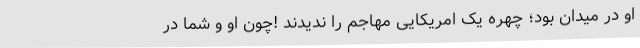
او در میدان بود؛ چهره یک امریکایی مهاجم را ندیدند !چون او و شما در